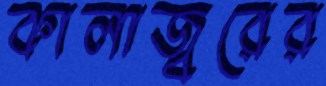
কালাজ্বরের